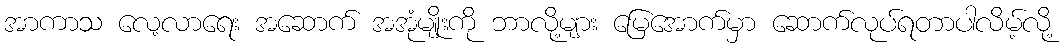
အာကာသ လေ့လာရေး အဆောက် အအုံမျိုးကို ဘာလို့များ မြေအောက်မှာ ဆောက်လုပ်ရတာပါလိမ့်လို့